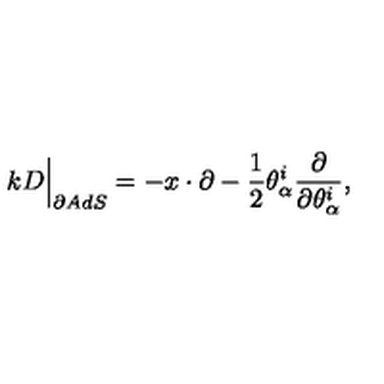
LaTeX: k D \Big \vert _ { \partial A d S } = - x \cdot \partial - \frac { 1 } { 2 } \theta _ { \alpha } ^ { i } \frac { \partial } { \partial \theta _ { \alpha } ^ { i } } ,